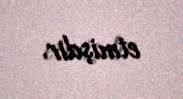
etmişdir.